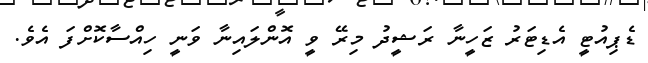
ޑެޕިއުޓީ އެޑިޓަރު ޒަހީނާ ރަޝީދު މިރޭ ވީ އޮންލައިނާ ވަނީ ހިއްސާކޮށްފަ އެވެ.